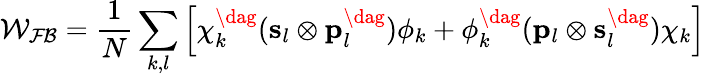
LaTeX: {\mathcal{W_{FB}}}=\frac{1}{N}\sum_{k,l}\left[{\mathbf{\chi}}_{k}^{\dag}({\mathbf{s}}_{l}\otimes{\mathbf{p}}_{l}^{\dag})\phi_{k}+\phi_{k}^{\dag}({\mathbf{p}}_{l}\otimes{\mathbf{s}}_{l}^{\dag})\chi_{k}\right]